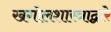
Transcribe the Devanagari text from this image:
खगोलशास्त्राद्वारे